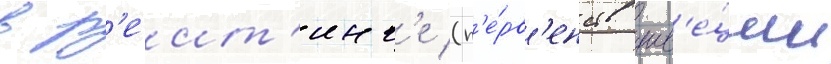
в р'еит'инг'е (п'е́рв'енств шв'е́ции